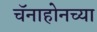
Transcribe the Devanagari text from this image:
चॅनाहोनच्या